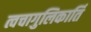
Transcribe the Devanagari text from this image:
त्वचागुलिकार्ति